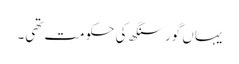
یہاں گور سنگھ کی حکومت تھی۔